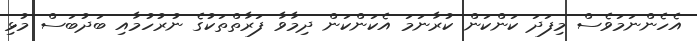
އެހެންނަމަވެސް މިފަދަ ކަންކަން ކުރާނަމަ އެކަންކަން ދިމާވާ ފަރާތްތަކުގެ ނުރުހުމާއި ބަދުބަސް މުޅި